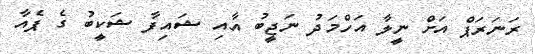
ރަނަރަޕް އަށް ނީލާ އަހްމަދު ނަޖީބު އާއި ޝައިފާ ޝަކީބު ގެ ޕެއާ